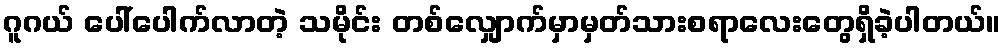
ဂူဂယ် ပေါ်ပေါက်လာတဲ့ သမိုင်း တစ်လျှောက်မှာမှတ်သားစရာလေးတွေရှိခဲ့ပါတယ်။